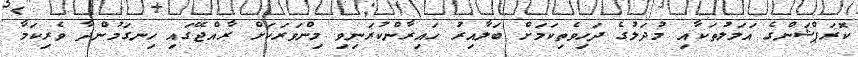
ކޮރަޕްޝަންގެ އަމަލުތަކާއި މުދަލުގެ ދަހިވެތިކަމަށް ބަލާއިރު ހައިރާންކުރަނިވި މިންވަރަކަށް ރާއްޖޭގައި ހިނގަމުންދާ ވެރިކަމާ